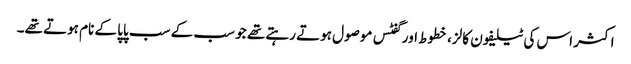
اکثر اس کی ٹیلیفون کالز، خطوط اور گفٹس موصول ہوتے رہتے تھے جو سب کے سب پاپا کے نام ہوتے تھے۔